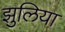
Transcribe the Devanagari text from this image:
झुलिया